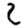
Digit: 2